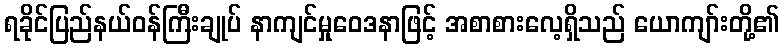
ရခိုင်ပြည်နယ်ဝန်ကြီးချုပ် နာကျင်မှုဝေဒနာဖြင့် အစာစားလေ့ရှိသည် ယောကျာ်းတို့၏